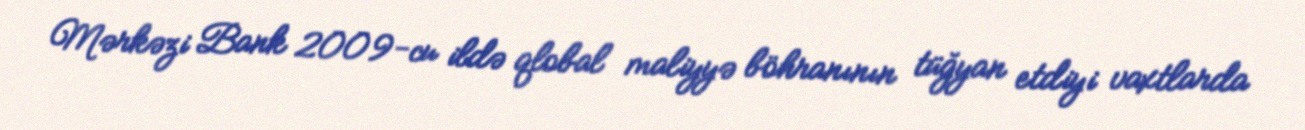
Mərkəzi Bank 2009-cu ildə qlobal maliyyə böhranının tüğyan etdiyi vaxtlarda